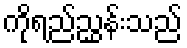
ကိုရည်ညွှန်းသည်